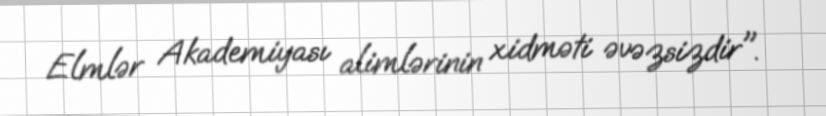
Elmlər Akademiyası alimlərinin xidməti əvəzsizdir".